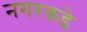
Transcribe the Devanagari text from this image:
नगरकडे